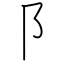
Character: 阝